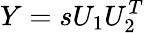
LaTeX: Y=sU_{1}U_{2}^{T}